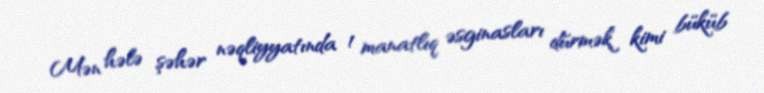
Mən hələ şəhər nəqliyyatında 1 manatlıq əsginasları dürmək kimi büküb